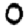
Digit: 0